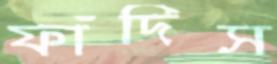
ফাঁদিস